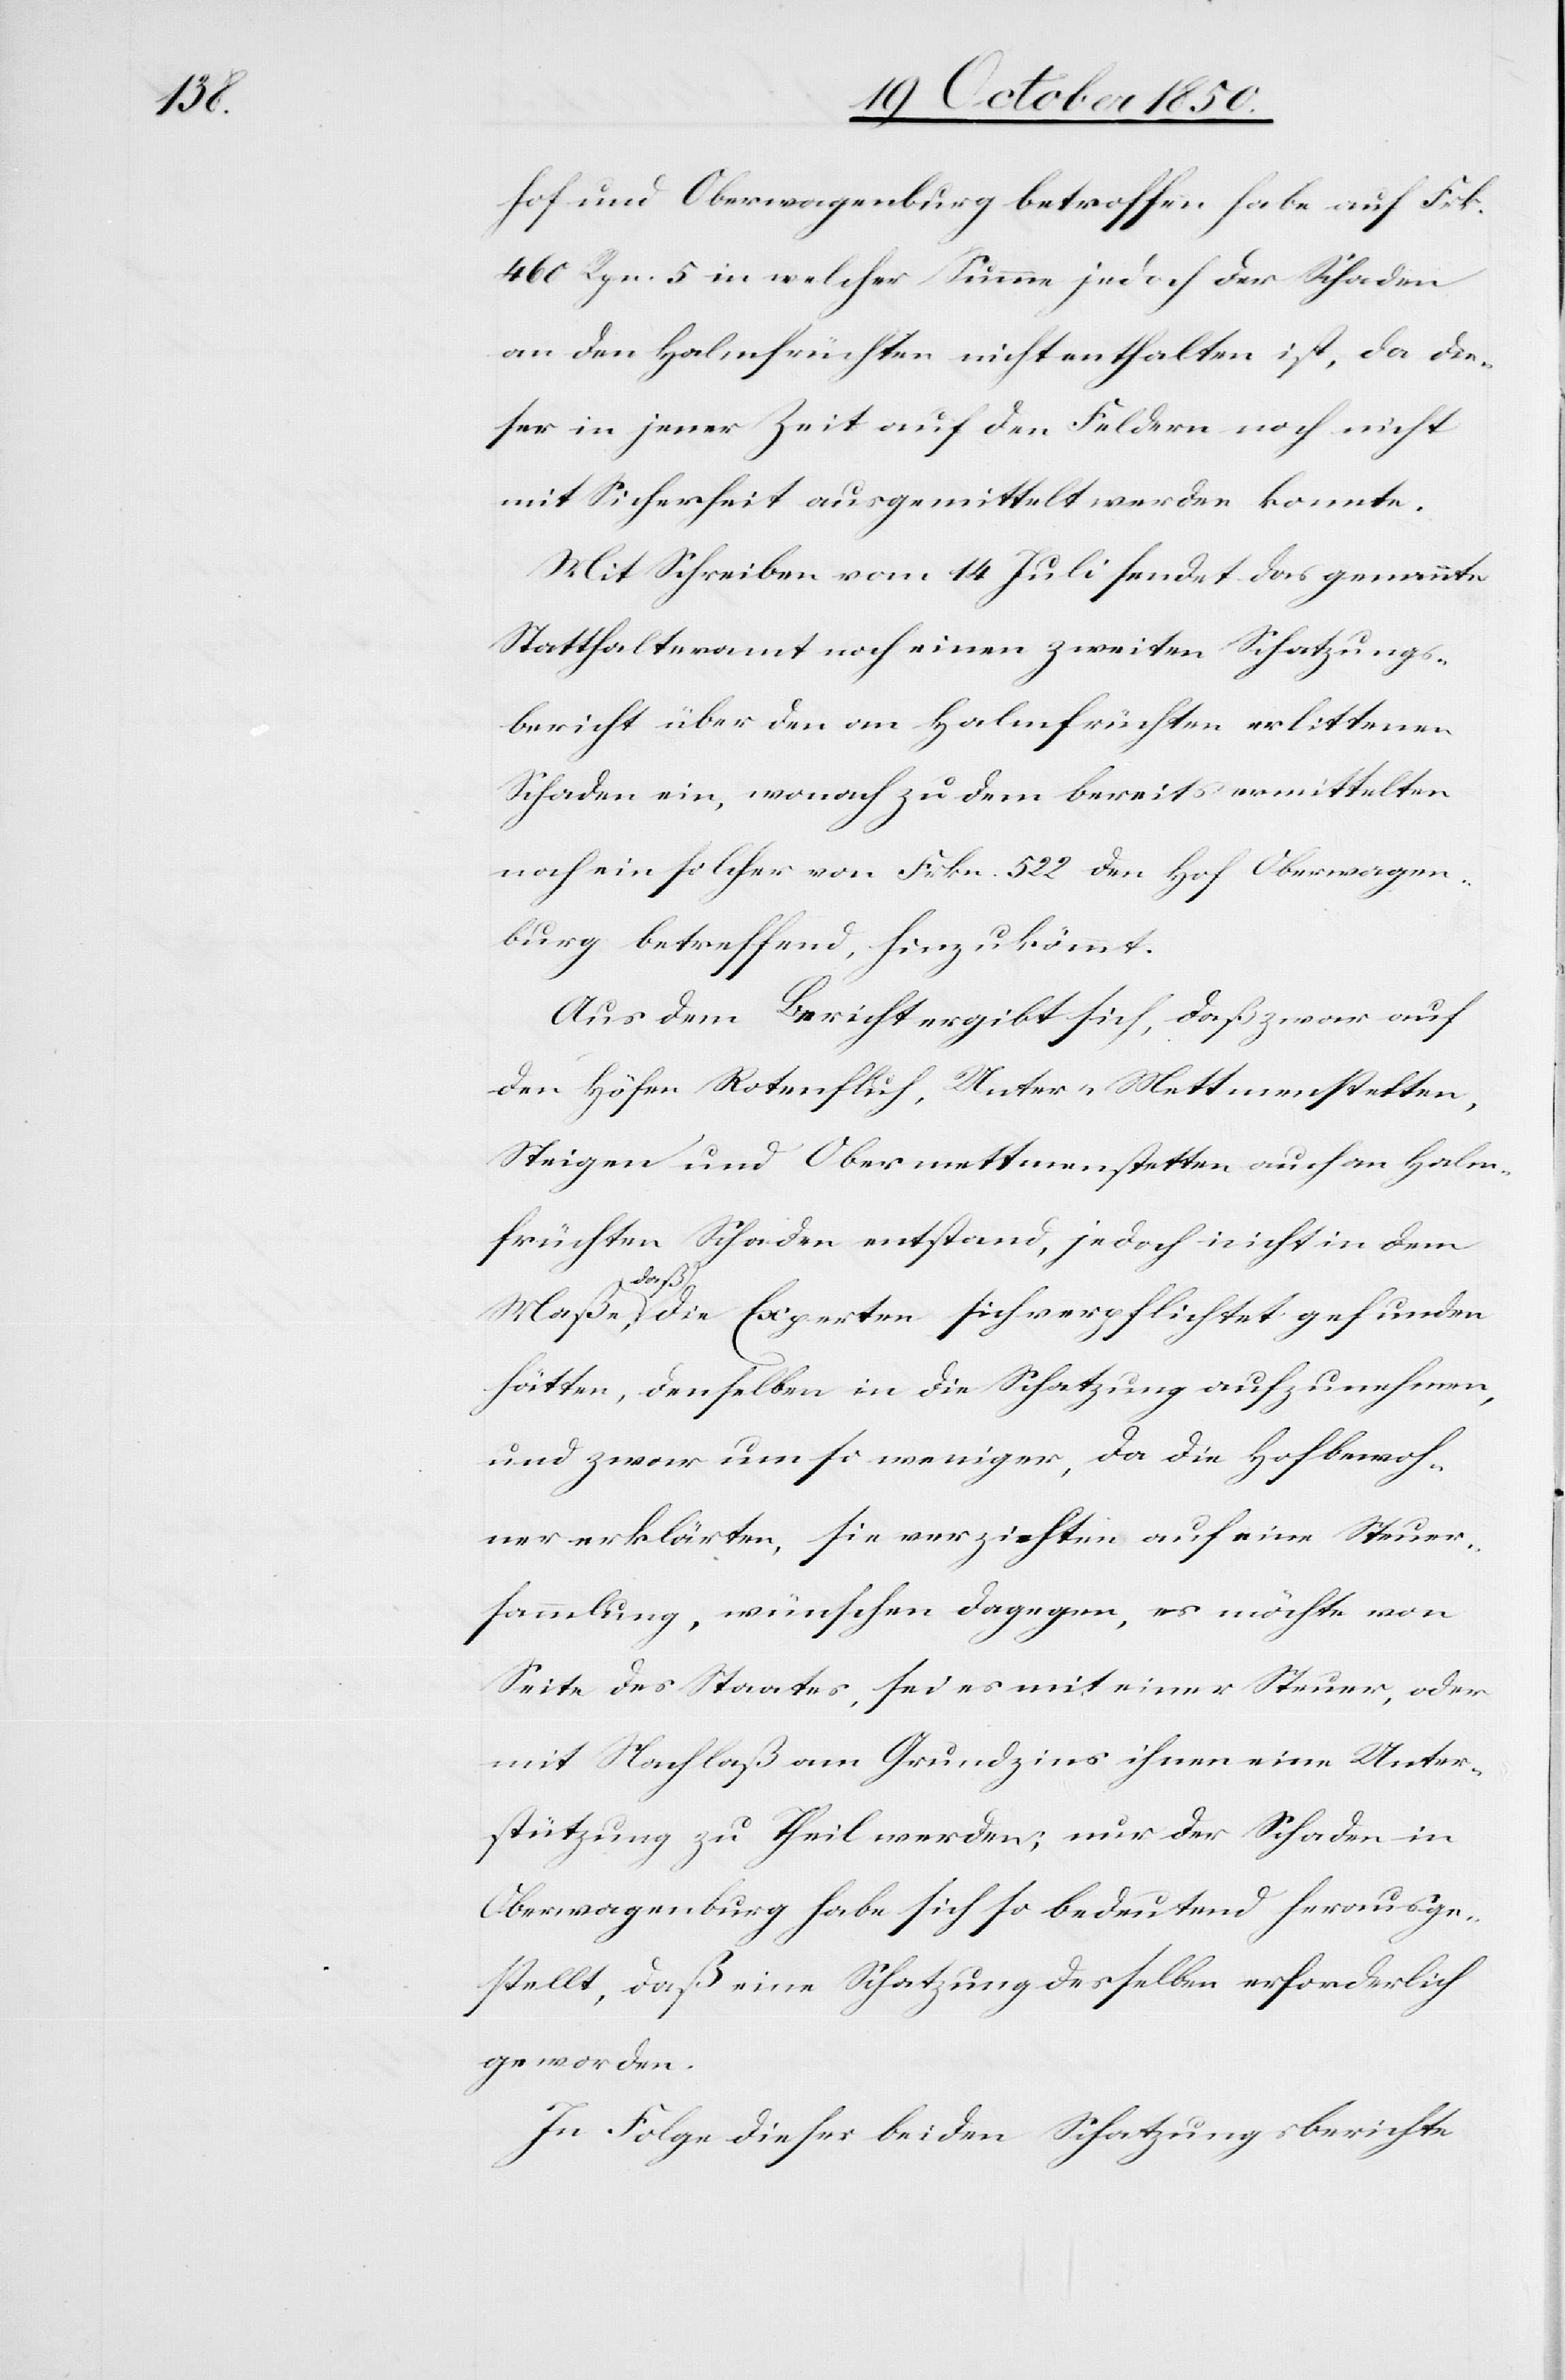
hof und Oberwagenburg betroffen habe auf Frk.
460 Rpn. 5 in welcher Summe jedoch der Schaden
an den Halmfrüchten nicht enthalten ist, da die¬
ser in jener Zeit auf den Feldern noch nicht
mit Sicherheit ausgemittelt werden konnte.
Mit Schreiben vom 14 Juli sendet das genannte
Statthalteramt noch einen zweiten Schatzungs¬
bericht über den an Halmfrüchten erlittenen
Schaden ein, wonach zu dem bereits ermittelten
noch ein solcher von Frkn. 522 den Hof Oberwagen¬
burg betreffend, hinzukömmt.
Aus dem Bericht ergibt sich, daß zwar auf
den Höfen Rotenfluh, Unter-Mettmenstetten,
Steigen und Obermettmenstetten auch an Halm¬
früchten Schaden entstand, jedoch nicht in dem
Maße,
daß die Experten sich verpflichtet gefunden
hätten, denselben in die Schatzung aufzunehmen,
und zwar um so weniger, da die Hofbewoh¬
ner erklärten, sie verzichten auf eine Steuer¬
sammlung, wünschen dagegen, es möchte von
Seite des Staates, sei es mit einer Steuer, oder
mit Nachlaß am Grundzins ihnen eine Unter¬
stützung zu Theil werden; nur der Schaden in
Oberwagenburg habe sich so bedeutend herausge¬
stellt, daß eine Schatzung desselben erforderlich
geworden.
In Folge dieser beiden Schatzungsberichte